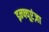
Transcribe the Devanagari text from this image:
इन्फ्यूएंज़ा